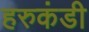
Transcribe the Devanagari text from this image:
हरुकंडी